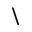
\backslash